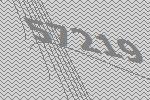
57219